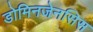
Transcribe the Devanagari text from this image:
डोमिनजेनसिस